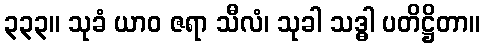
၃၃၃။ သုခံ ယာဝ ဇရာ သီလံ၊ သုခါ သဒ္ဓါ ပတိဋ္ဌိတာ။